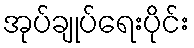
အုပ်ချုပ်ရေးပိုင်း